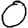
Digit: 0